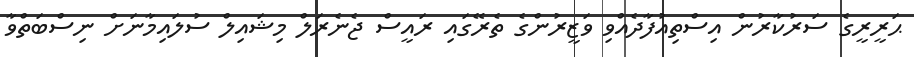
ޙަރީރީގެ ސަރުކާރުން އިސްތިއުފާދެއްވި ވަޒީރުންގެ ތެރޭގައި ރައީސް ޖެނެރަލް މިޝައިލް ސުލައިމާނަށް ނިސްބަތްވާ